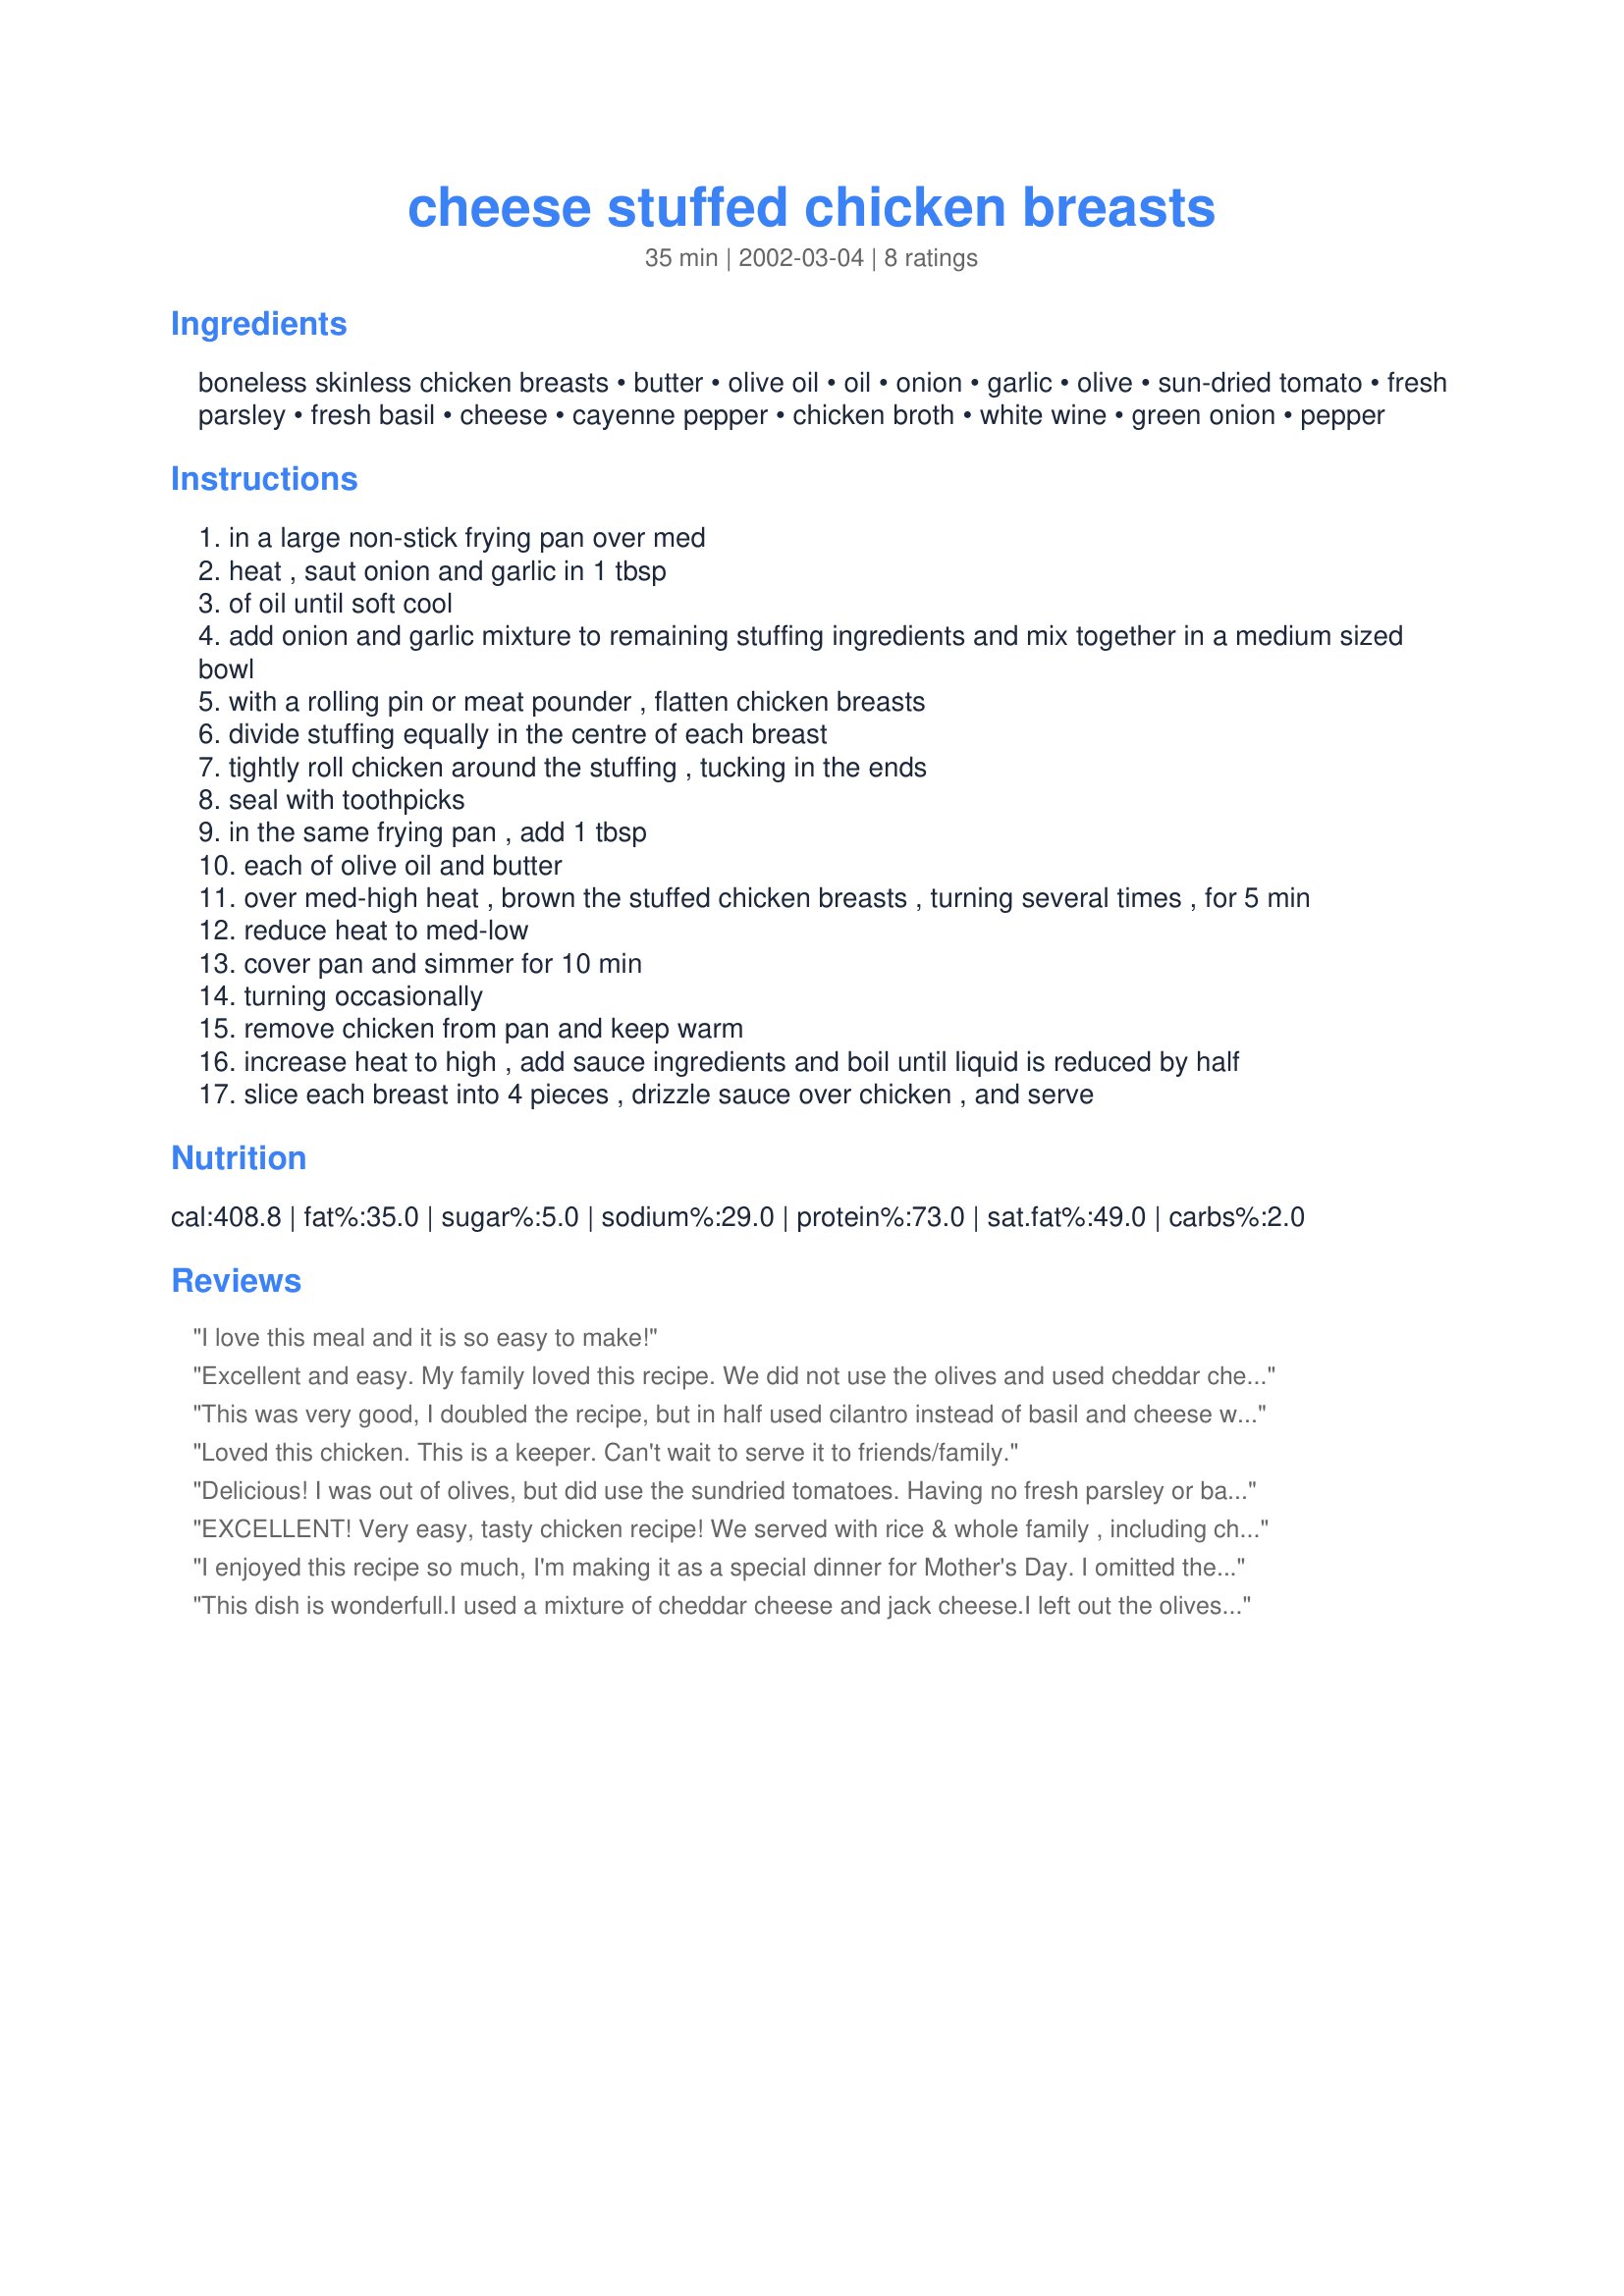
cheese stuffed chicken breasts
Preparation time: 35 minutes

Ingredients:
boneless skinless chicken breasts, butter, olive oil, oil, onion, garlic, olive, sun-dried tomato, fresh parsley, fresh basil, cheese, cayenne pepper, chicken broth, white wine, green onion, pepper

Steps:
in a large non-stick frying pan over med
heat , saut onion and garlic in 1 tbsp
of oil until soft cool
add onion and garlic mixture to remaining stuffing ingredients and mix together in a medium sized bowl
with a rolling pin or meat pounder , flatten chicken breasts
divide stuffing equally in the centre of each breast
tightly roll chicken around the stuffing , tucking in the ends
seal with toothpicks
in the same frying pan , add 1 tbsp
each of olive oil and butter
over med-high heat , brown the stuffed chicken breasts , turning several times , for 5 min
reduce heat to med-low
cover pan and simmer for 10 min
turning occasionally
remove chicken from pan and keep warm
increase heat to high , add sauce ingredients and boil until liquid is reduced by half
slice each breast into 4 pieces , drizzle sauce over chicken , and serve

Reviews:
I love this meal and it is so easy to make!
Excellent and easy. My family loved this recipe. We did not use the olives and used cheddar cheese and the chicken was perfect..thanks
This was very good, I doubled the recipe, but in half used cilantro instead of basil and cheese with jalapeno and peppers. it is good too. Now I have two recipes in one:) Thanks
Loved this chicken. This is a keeper. Can't wait to serve it to friends/family.
Delicious! I was out of olives, but did use the sundried tomatoes. Having no fresh parsley or basil on hand, I used fresh sage and thyme. Substituted black pepper for the cayenne. Thanks for another great recipe, Dancer^. I will definitely make this again! The only difficult part is rolling up the chicken, which is never my favorite task. I was amazed that all the stuffing actually remained inside the chicken; a rare occurance in my world! Yum (:
EXCELLENT!
Very easy, tasty chicken recipe! We served with rice & whole family , including children enjoyed ;)
I enjoyed this recipe so much, I'm making it as a special dinner for Mother's Day. I omitted the sundried tomatoes and olives and found it made a very expensive tasting dish.
This dish is wonderfull.I used 
a mixture of cheddar cheese and jack cheese.I left out the olives (not a big hit in my house)and sundried tomatoes(just counldn't find them.This was a change from the same old chicken i was used to having. 
thank you!
